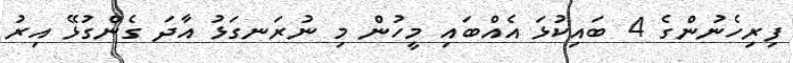
ފިރިހެނުންގެ 4 ބައިކުޅަ އެއްބައި މީހުން މި ނުރަނގަޅު އާދަ ގެންގުޅޭ އިރު